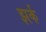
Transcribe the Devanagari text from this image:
झर्क